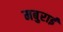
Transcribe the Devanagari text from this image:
मबुराई